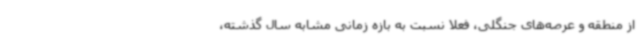
از منطقه و عرصه‌های جنگلی، فعلا نسبت به بازه زمانی مشابه سال گذشته،